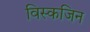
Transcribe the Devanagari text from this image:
विस्कजिन